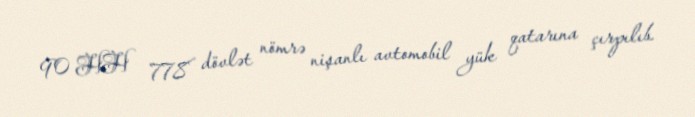
90 HH 778 dövlət nömrə nişanlı avtomobil yük qatarına çırpılıb.